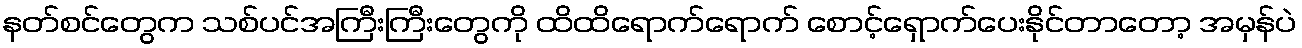
နတ်စင်တွေက သစ်ပင်အကြီးကြီးတွေကို ထိထိရောက်ရောက် စောင့်ရှောက်ပေးနိုင်တာတော့ အမှန်ပဲ